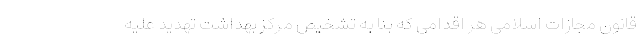
قانون مجازات اسلامی هر اقدامی که بنا به تشخیص مرکز بهداشت تهدید علیه